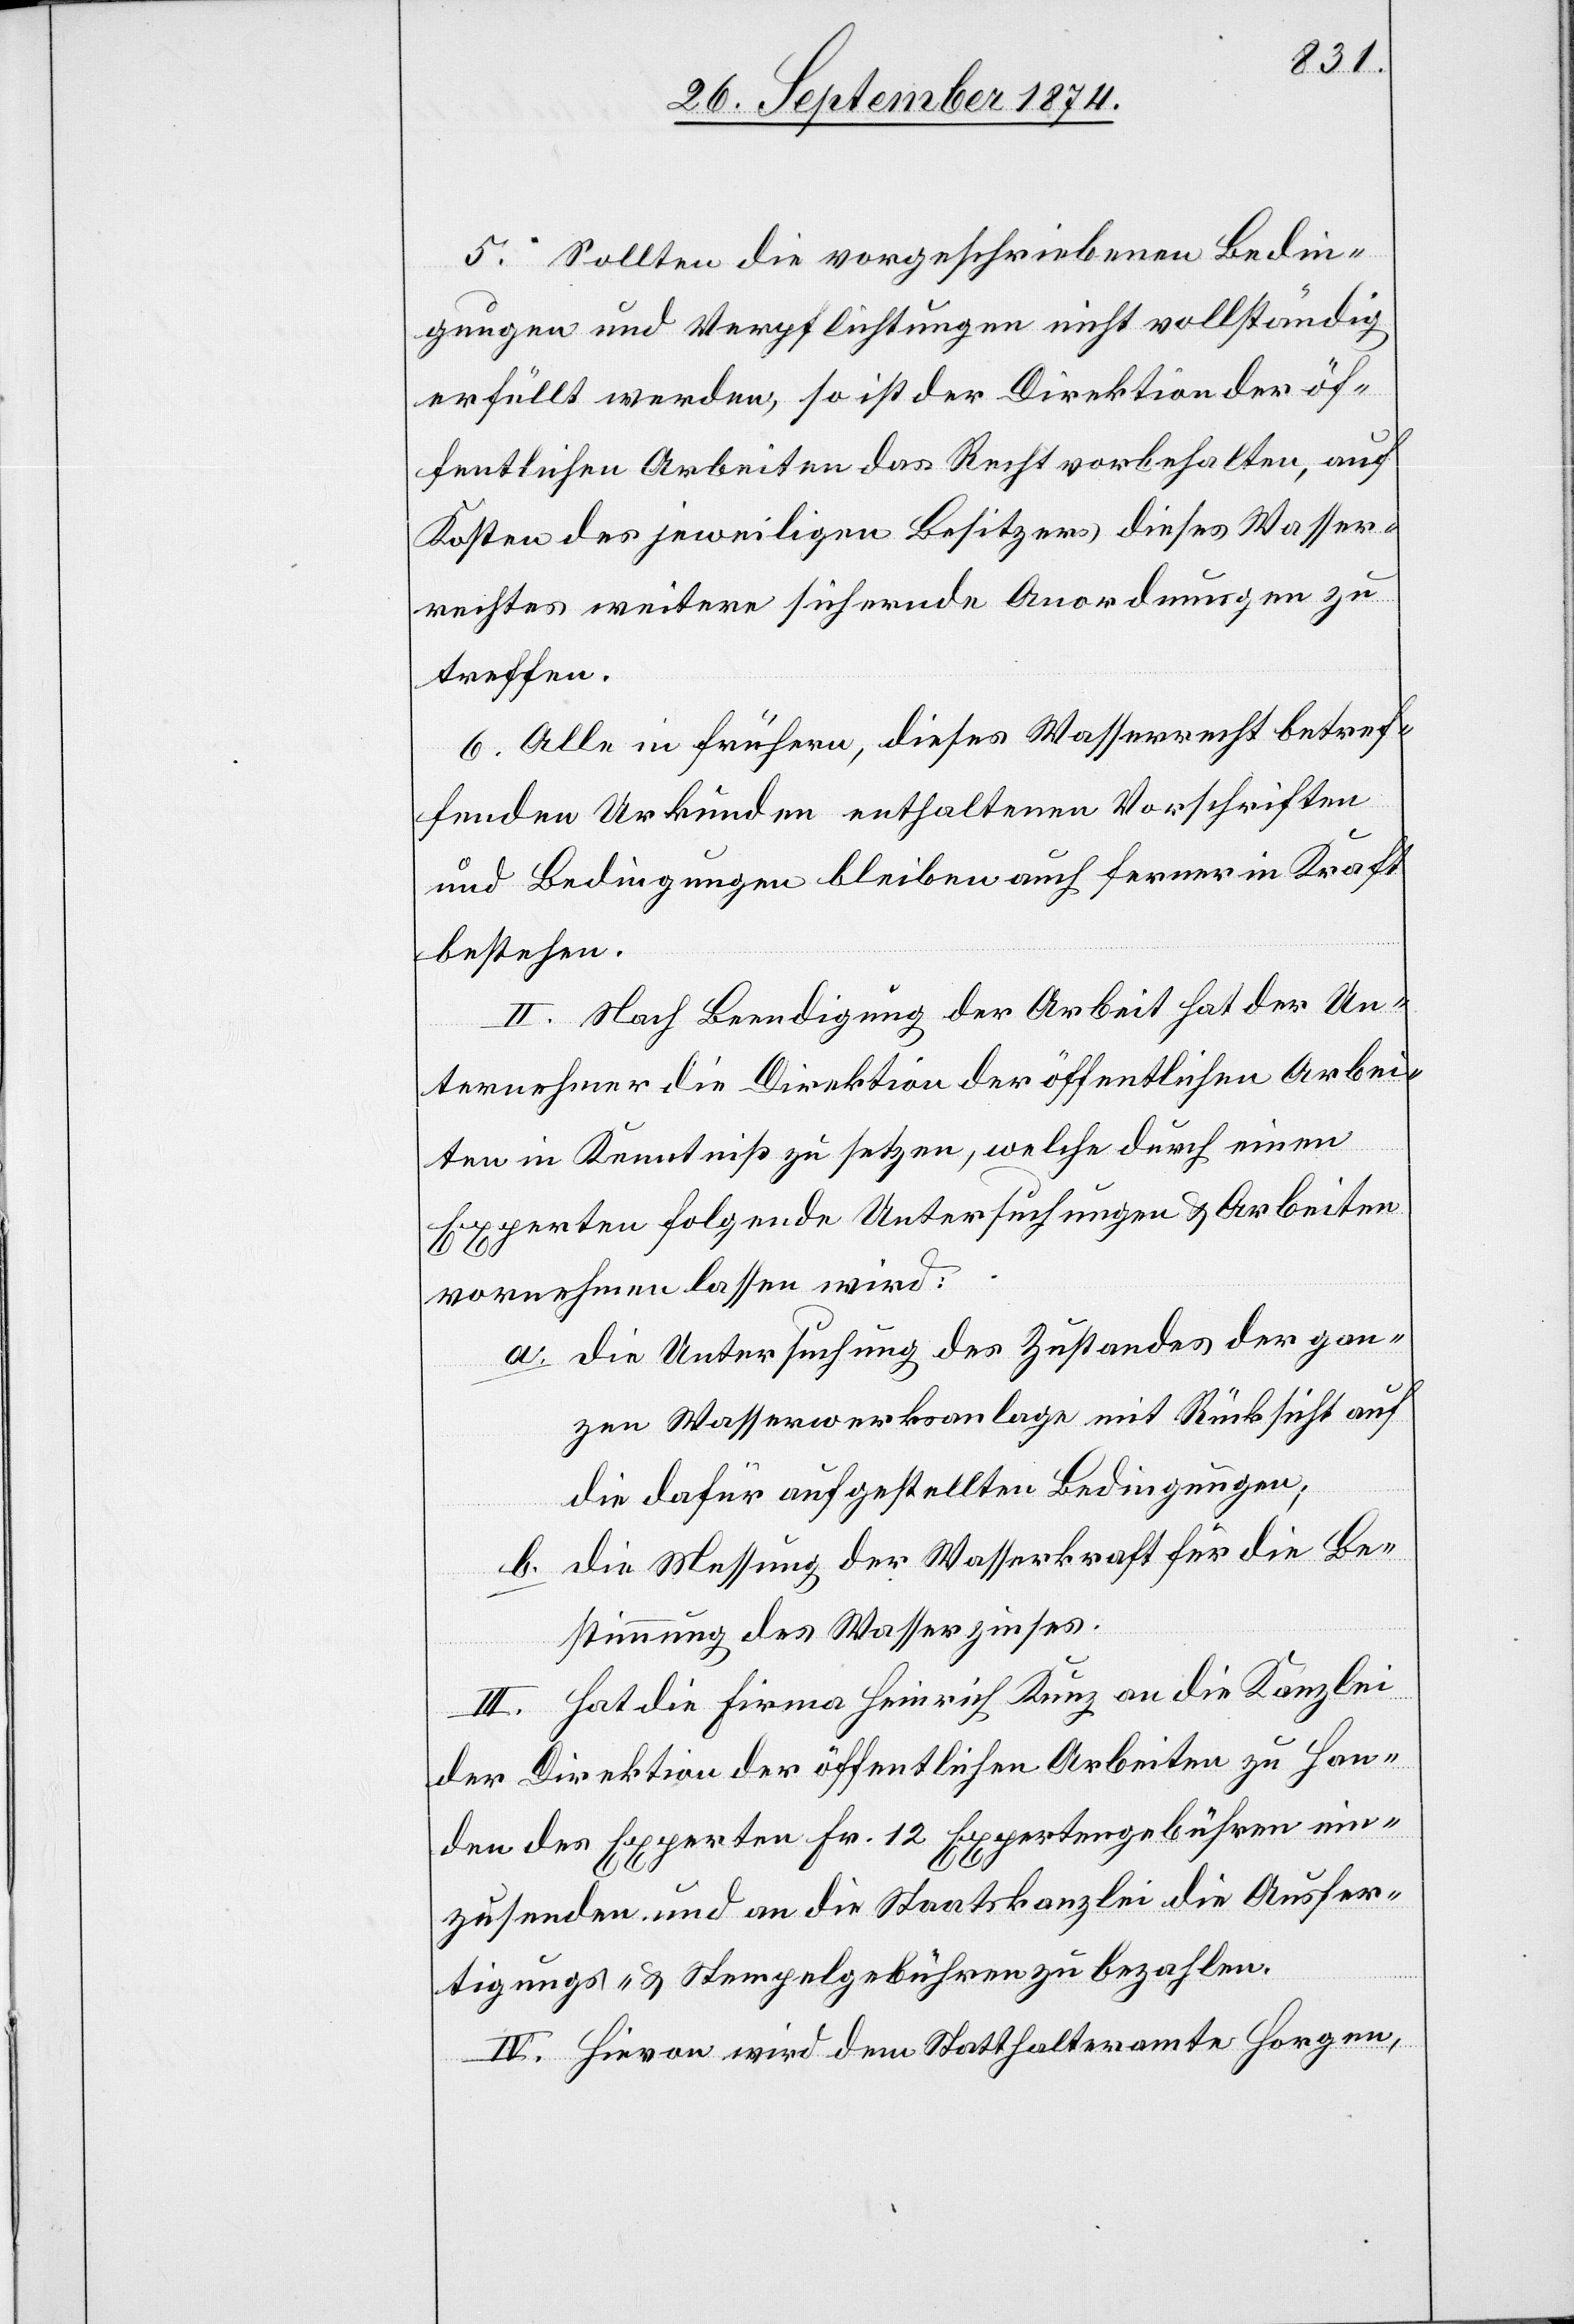
5. Sollten die vorgeschriebenen Bedin¬
gungen und Verpflichtungen nicht vollständig
erfüllt werden, so ist der Direktion der öf¬
fentlichen Arbeiten das Recht vorbehalten, auf
Kosten des jeweiligen Besitzers dieses Wasser¬
rechtes weitere sichernde Anordnungen zu
treffen.
6. Alle in frühern, dieses Wasserrecht betref¬
fenden Urkunden enthaltenen Vorschriften
und Bedingungen bleiben auch ferner in Kraft
bestehen.
II. Nach Beendigung der Arbeit hat der Un¬
ternehmer die Direktion der öffentlichen Arbei¬
ten in Kenntniß zu setzen, welche durch einen
Experten folgende Untersuchungen & Arbeiten
vornehmen lassen wird:
a. die Untersuchung des Zustandes der gan¬
zen Wasserwerksanlage mit Rücksicht auf
die dafür aufgestellten Bedingungen;
b. die Messung der Wasserkraft für die Be¬
stimmung des Wasserzinses.
III. Hat die Firma Heinrich Kunz an die Kanzlei
der Direktion der öffentlichen Arbeiten zu Han¬
den des Experten Fr. 12 Expertengebühren ein¬
zusenden und an die Staatskanzlei die Ausfer¬
tigungs- & Stempelgebühren zu bezahlen.
IV. Hievon wird dem Statthalteramte Horgen,